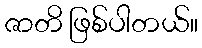
ဇာတိ ဖြစ်ပါတယ်။